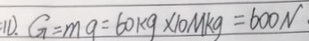
1 1 ) . G = m g = 6 0 k g \times 1 0 M k g = 6 0 0 N \cdot